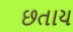
છતાય